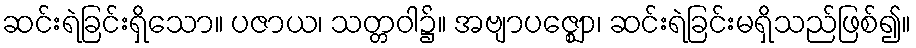
ဆင်းရဲခြင်းရှိသော။ ပဇာယ၊ သတ္တဝါ၌။ အဗျာပဇ္ဈော၊ ဆင်းရဲခြင်းမရှိသည်ဖြစ်၍။